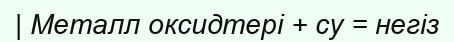
| Металл оксидтері + су = негіз